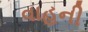
વાહની